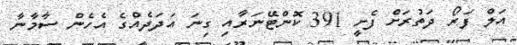
އަލް ފަރޯ ދަތުރަށް ފެށީ 391 ކޮންޓޭނަރާއި ގިނަ އަދަދެއްގެ އެހެން ސާމާނާ